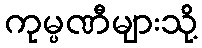
ကုမ္ပဏီများသို့